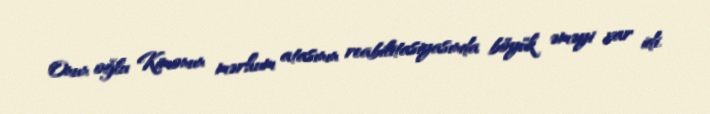
Onun oğlu Kimonun mərhum atasının reabilitasiyasında böyük əməyi var idi.